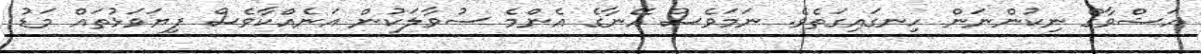
އަޝްވާގް ނިކުންނަން ހިނގައިގަތެވެ. ނަމަވެސް އޭނާގެ އެންމެ ސުވާލަކުން އަނެއްކާވެސް ފިޔަވަޅުތައް މަޑު